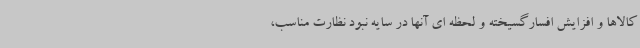
کالاها و افزایش افسارگسیخته و لحظه ای آنها در سایه نبود نظارت مناسب،